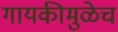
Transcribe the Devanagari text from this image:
गायकीमुळेच